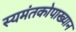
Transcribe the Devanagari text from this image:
स्यमंतकोपाख्यान